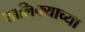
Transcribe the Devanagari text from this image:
खलिफ्याच्या